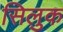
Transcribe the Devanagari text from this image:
सिलुक